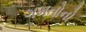
ગમતોનો